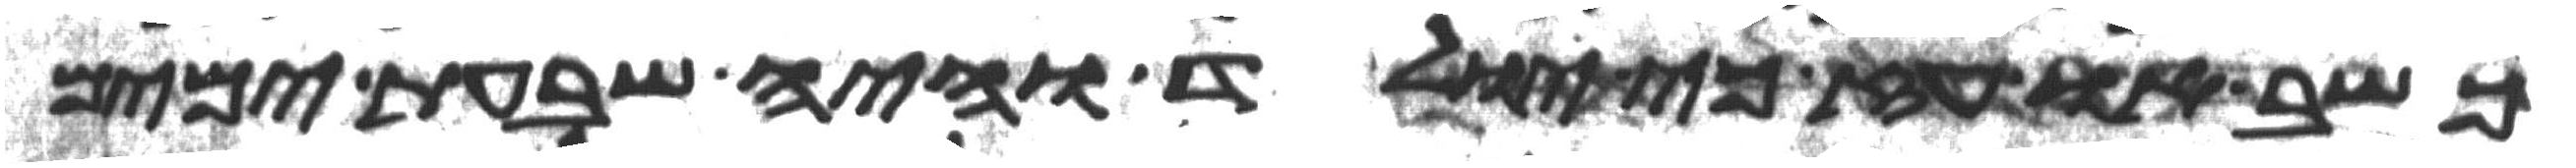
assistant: כשב או עז כי יולד והיה שבעת ימים